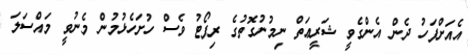
އެއަށްފަހު ދެން އެންގެވީ ޝަރީޢަތް ނިމުނުގޮތުގެ ރިޕޯޓު ވެސް ހުށަހެޅުމުން މެނުވީ މައްސަލަ